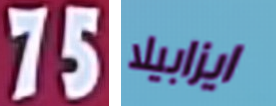
75 ايزابيلا